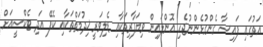
އަތުގައި ފައިސާ ގެންގުޅެންނުޖެހި އޮންލައިން ވިޔަފާރިތަކާއި ޑެލިވަރީ ޚިދުމަތްތަކާއި ކެފޭ އަދި ޓެކްސީއަށް